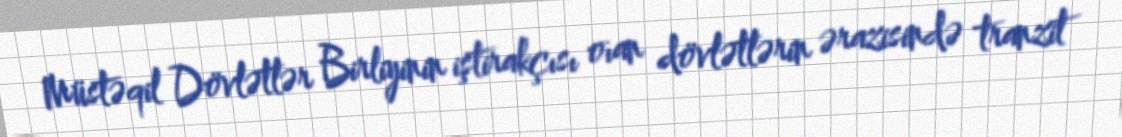
Müstəqil Dövlətlər Birliyinin iştirakçısı oıan dövlətlərin ərazisində tranzit